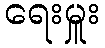
ရေးမှူး